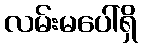
လမ်းမပေါ်ရှိ